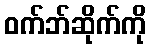
ဝက်ဘ်ဆိုက်ကို